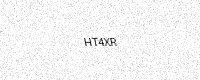
Text: HT4XR